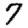
Digit: 7